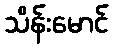
သိန်းမောင်